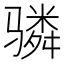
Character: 𬴊